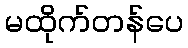
မထိုက်တန်ပေ